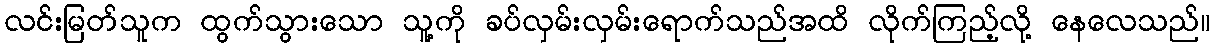
လင်းမြတ်သူက ထွက်သွားသော သူ့ကို ခပ်လှမ်းလှမ်းရောက်သည်အထိ လိုက်ကြည့်လို့ နေလေသည်။